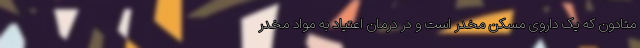
متادون که یک داروی مُسَکن مخدر است و در درمان اعتیاد به مواد مخدر